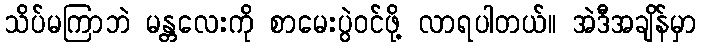
သိပ်မကြာဘဲ မန္တလေးကို စာမေးပွဲဝင်ဖို့ လာရပါတယ်။ အဲဒီအချိန်မှာ